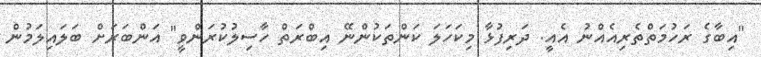
"އިބާގެ ރަހުމަތްތެރިއެއްނު އެއީ. ދަރިފުޅާ މިކަހަލަ ކަންތަކުންނޭ އިބްރަތް ހާސިލުކުރަންވީ" އަންބަރަށް ބަލައިލަމުން